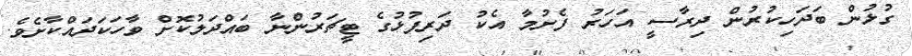
ގުޅުން ބަދަހިކުރުން ދިރާސީ އަހަރު ފެށުމާ އެކު ދަރިފުޅުގެ ޓީޗަރުންނާ ބައްދަލުކޮށް ވާހަކަދައްކާށެވެ.